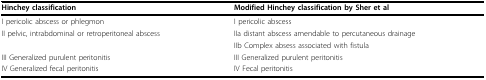
<table><thead><tr><td><b>Hinchey classification</b></td><td><b>Modified Hinchey classification by Sher et al</b></td></tr></thead><tbody><tr><td>I pericolic abscess or phlegmon</td><td>I pericolic abscess</td></tr><tr><td>II pelvic, intrabdominal or retroperitoneal abscess</td><td>IIa distant abscess amendable to percutaneous drainage</td></tr><tr><td></td><td>IIb Complex absess associated with fistula</td></tr><tr><td>III Generalized purulent peritonitis</td><td>III Generalized purulent peritonitis</td></tr><tr><td>IV Generalized fecal peritonitis</td><td>IV Fecal peritonitis</td></tr></tbody></table>